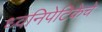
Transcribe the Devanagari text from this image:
ध्वनिपेटिकेचे